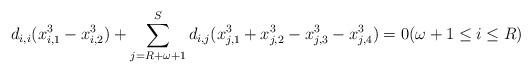
LaTeX: \begin{align*} d_{i,i}(x_{i,1}^3 - x_{i,2}^3) + \sum_{j=R+\omega+1}^S d_{i,j}(x_{j,1}^3+x_{j,2}^3-x_{j,3}^3-x_{j,4}^3) &= 0 (\omega+1 \le i \le R) \end{align*}